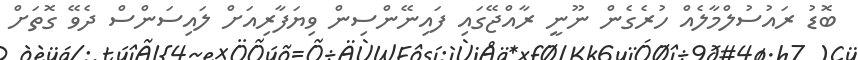
ބޮޑު ރައުސުލްމާލެއް ހުރެގެން ނޫނީ ރާއްޖޭގައި ފައިނޭންސިން ވިޔަފާރިއަށް ލައިސަންސް ދެވޭ ގޮތަށް